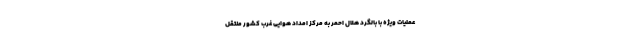
عملیات ویژه با بالگرد هلال احمر به مرکز امداد هوایی غرب کشور منتقل